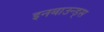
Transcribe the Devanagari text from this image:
इनबाउन्ड्स